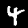
Label: 4